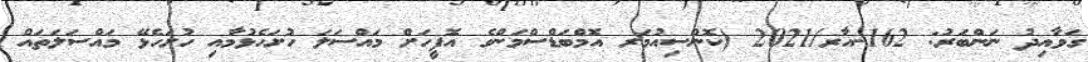
ގަވާއިދު ނަންބަރު: 162-އާރ/2021 (ކޮންސިއުމަރ އޮމްބަޑްސްމަންގެ އޮފީހަށް މައްސަލަ ހުށަހެޅުމާއި ހުށަހެޅޭ މައްސަލަތައް